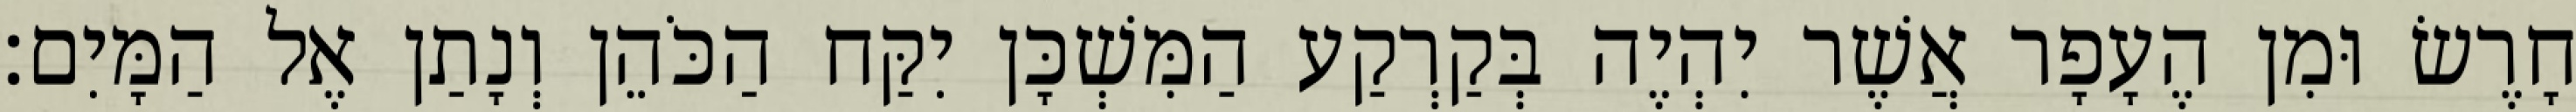
חָרֶשׂ וּמִן הֶעָפָר אֲשֶׁר יִהְיֶה בְּקַרְקַע הַמִּשְׁכָּן יִקַּח הַכֹּהֵן וְנָתַן אֶל הַמָּיִם׃